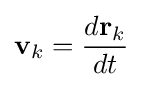
\mathbf {v} _{k}={\frac {d\mathbf {r} _{k}}{dt}}